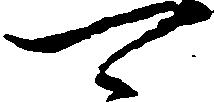
可